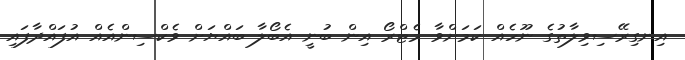
އިނގިރޭސިވިލާތުގެ ނޫހެއް ކަމަށްވާ މެޓްރޯ އިން ބުނީ އެބޯލާ ބައްޔަށް ވެކްސިންއެއް އުފައްދާފައި